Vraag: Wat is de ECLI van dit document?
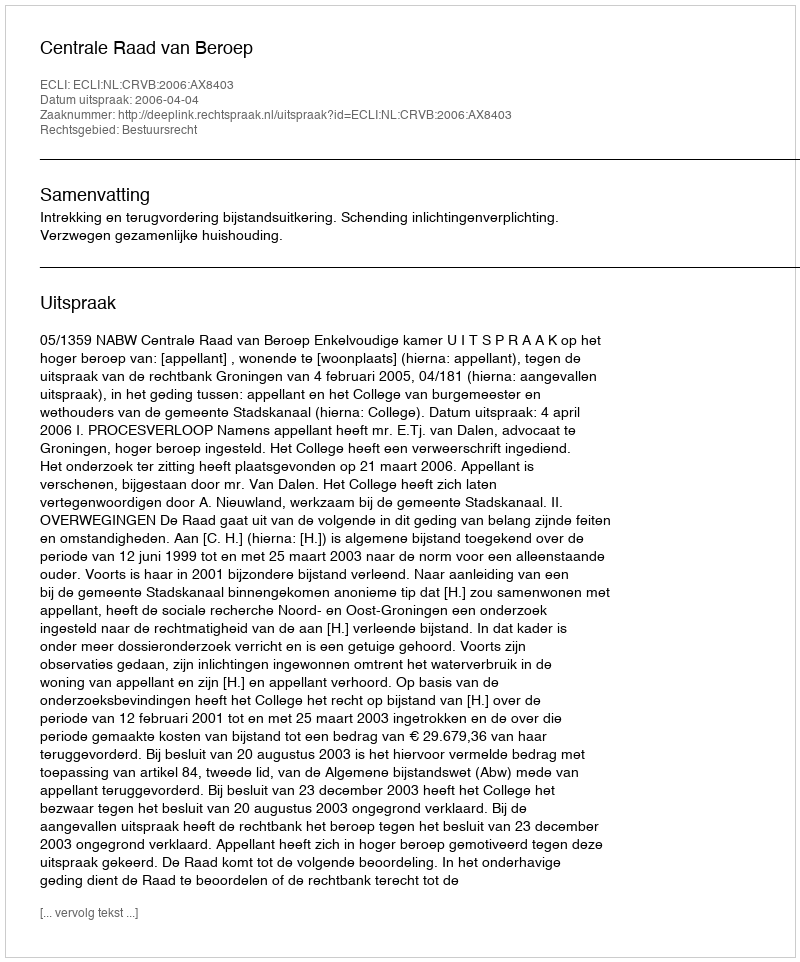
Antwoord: ECLI:NL:CRVB:2006:AX8403